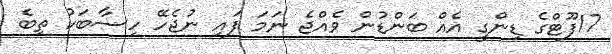
17ފޫޓްގެ ޑިންގީ އެއް ބަންޑުން ވެއްޖެ ނަމަ ފައި ނުޖެހޭ ހިސާބަކު ތިބެ